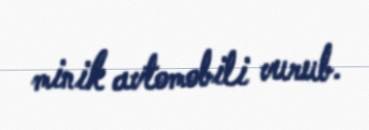
minik avtomobili vurub.